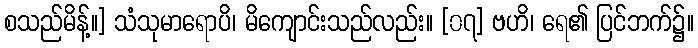
စသည်မိန့်။] သံသုမာရောပိ၊ မိကျောင်းသည်လည်း။ [၀၇] ဗဟိ၊ ရေ၏ ပြင်ဘက်၌။